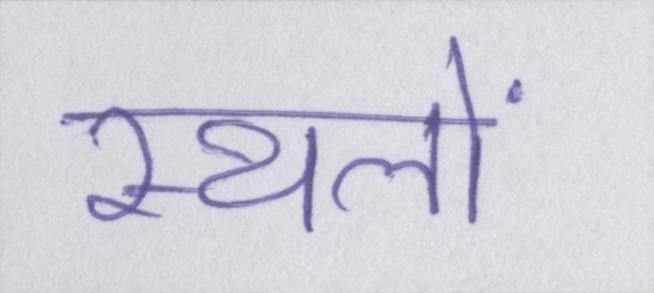
स्थलों